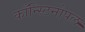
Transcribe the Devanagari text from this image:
काँन्स्टिनोपल